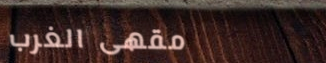
مقهى الغرب